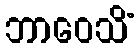
ဘာဝေသိံ